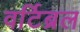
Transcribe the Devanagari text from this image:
वर्टिब्रल